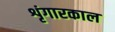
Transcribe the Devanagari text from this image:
शृंगारकाल